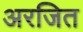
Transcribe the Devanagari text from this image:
अरजित